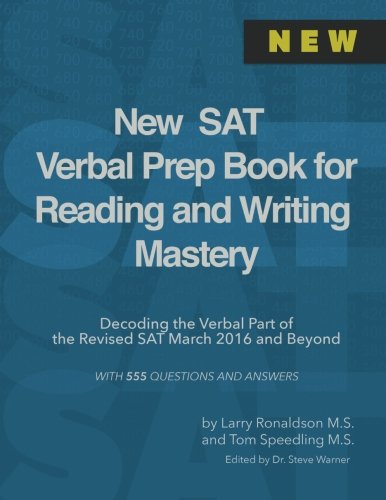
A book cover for New SAT Verbal Prep Book for Reading and Writing Mastery: Decoding the Verbal Part of the Revised SAT March 2016 and Beyond; Steve Warner; Test Preparation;